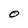
Character: O